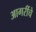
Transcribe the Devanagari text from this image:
आगरींचे